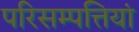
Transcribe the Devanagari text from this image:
परिसम्‍पत्तियां